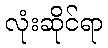
လုံးဆိုင်ရာ